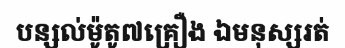
បន្សល់ម៉ូតូ៧គ្រឿង ឯមនុស្សរត់